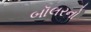
બૉલરનો